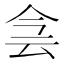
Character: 侌